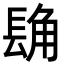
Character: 𮣾